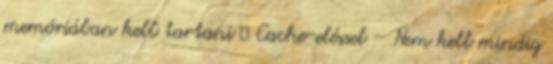
memóriában kell tartani ● Cache-eléssel – Nem kell mindig